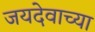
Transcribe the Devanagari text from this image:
जयदेवाच्या